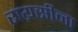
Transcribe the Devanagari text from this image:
राय़सीना